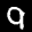
Label: 9